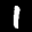
Label: 1